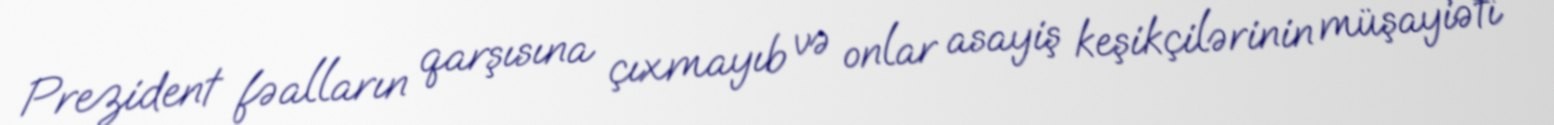
Prezident fəalların qarşısına çıxmayıb və onlar asayiş keşikçilərinin müşayiəti